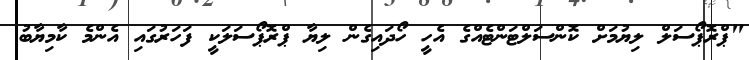
"ޕްރޮޕޯސަލް ލިޔުމަށް ކޮންސަލްޓަންޓެއްގެ އެހީ ހޯދައިގެން ލިޔާ ޕްރޮޕޯސަލަކީ ފަހަރުގައި އެންމެ ކާމިޔާބު